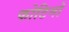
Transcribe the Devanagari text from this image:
फोटिनो